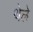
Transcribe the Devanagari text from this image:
थेले